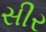
સીર